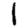
Digit: 1